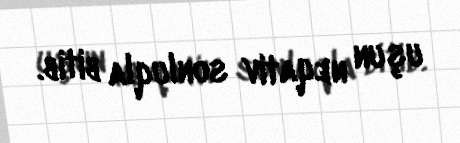
uşun neqativ sonluqla bitib.